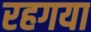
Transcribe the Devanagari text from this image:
रहगया